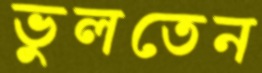
ভুলতেন